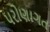
પરોણાગત